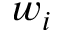
w _ { i }